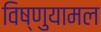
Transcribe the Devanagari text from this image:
विष्णुयामल